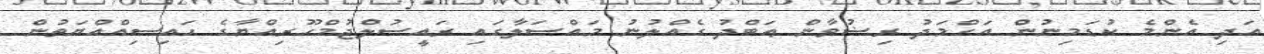
އަދި އެންމެ ކުޑަމިނުން އަޙްމަދު ރިޟުވާން ޢަބްދު ގެއްލުނު މައްސަލާގައި ރައީސުލްޖުމްހޫރިއްޔާގެ ޙައިސިއްއްޔަތުން